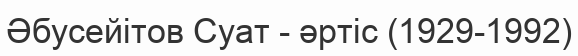
Әбусейітов Суат - әртіс (1929-1992)